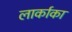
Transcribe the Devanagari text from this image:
लार्काका